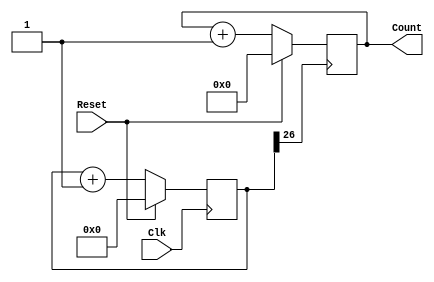
`timescale 1ns / 1ps
//////////////////////////////////////////////////////////////////////////////////
// Company: 
// Engineer: 
// 
// Design Name: 
// Module Name: Counter_N_100
// Project Name: 
// Target Devices: 
// Tool Versions: 
// Description: 
// 
// Dependencies: 
// 
// Revision:
// Revision 0.01 - File Created
// Additional Comments:
// 
//////////////////////////////////////////////////////////////////////////////////


module Counter_N_100(
    input Clk,
    input Reset,
    output reg [3:0] Count
    );
    reg[26:0]Count_Div;
    always@(posedge Clk)
    begin
    if(Reset==1)
    Count_Div=0;
    else
    Count_Div=Count_Div+1;
    end
    always@(posedge Count_Div[26])
    begin
        if(Reset==1)
        Count=0;
        else
        Count=Count+1;
        end
endmodule